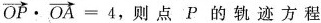
$$\overrightarrow{OP} \cdot \overrightarrow{OA}=4$$,则点P的轨迹方程